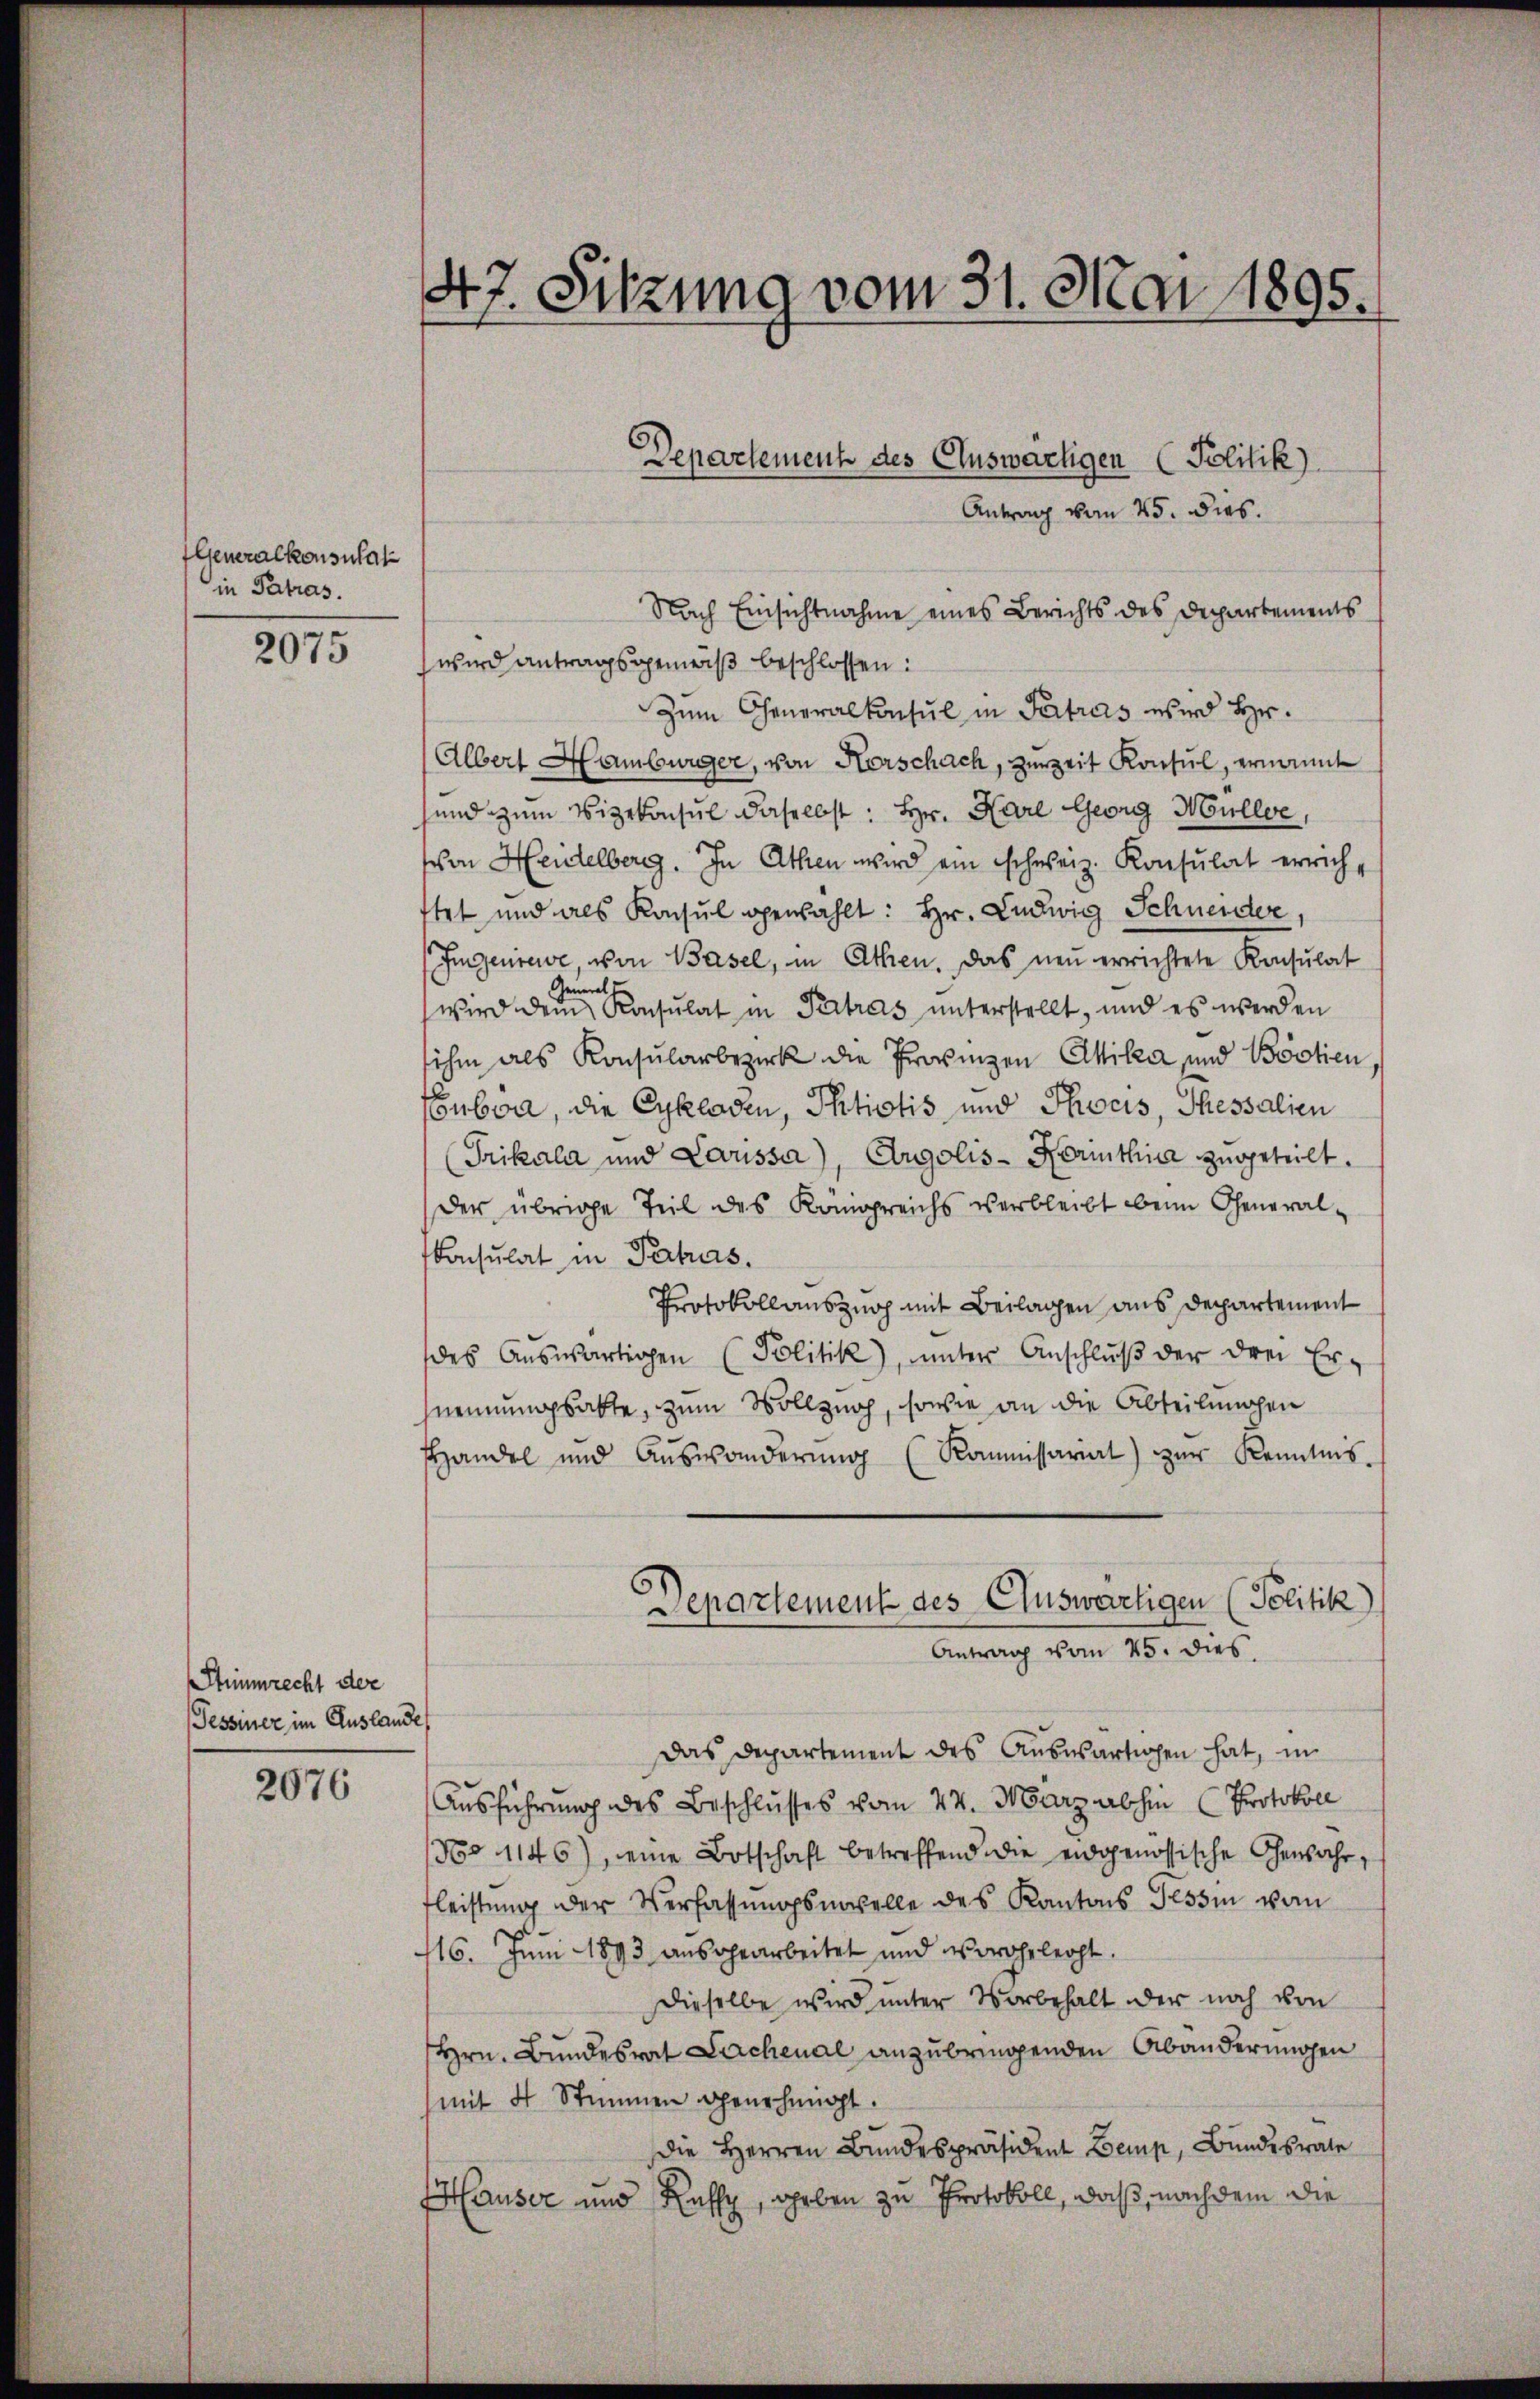
Generalkonsulat
in Patras

2075

Stimmrecht der
Tessiner im Auslande

2076

47. Sitzung vom 31. Mai 1895.

Antrag vom 25. dies.
Nach Einsichtnahme eines Berichts des Departements
wird antragsgemeiß beschlossen:
Zum Generalkonsul in Petrus wird Hr.
Albert Hamburger, von Horschach, zur Zeit Konsul, ernannt
und zum Vizekonsul daselbst: Hr. Hare Georg Müller,
von Heidelberg. In Athen wird ein schweiz. Konsulat errich-
tet und als Konsul gewählt: Hr. Ludwig Schneider,
Imgenrewe, von Basel, in Athen. Das neŭ errichtete Konsulat
e
wird den Konsulat in Pertras unterstellt, und es werden
ihm als Konsularbezirk die Provinzen Chika und Bootien
Subra, die Eykladen, Phtiotis und Thocis, Thessalien
Trikala und Louissa), Argolis-Kormthica zugeteilt.
Der übrige Teil des Königreichs verbleibt beim General¬
Konsulat in Petas.
Protokollauszug mit Beilagen aus Departement
des Aŭswärtigen Politik), ŭnter Anschlŭβ der drei Er-
nennungsakte, zum Vollzung, sowie an die Abteilungen
Handel und Aŭswänderŭng (Kommissariat) zŭr Kenntnis.
Departement des Auswärtigen (Politik)
Antrag vom 25. dies
Das Departement des Auswärtigen hat, in
Ausführung des Beschlusses vom 24. März abhin (Protokoll
No 1146), eine Botschaft betreffend die eidgenössische Gewahr,
fleistung der Verfassungsmaselle des Kantons Tessin vom
16. Juni 1893 ausgearbeitet und vorehelecht.
dieselbe wird unter Vorbehalt der noch von
Hrn. Bundesrat Lachenal anzubringenden Abänderungen
mit 4 Stimmen genehmigt.
die Herren Bundespräsident Bemp, Bundesrate
HHauser und Rafz, geben zu Protokoll, daß, nachdem die

Departement des Auswärtigen (Politik)